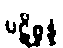
ပဋိစ္ဆန္နံ